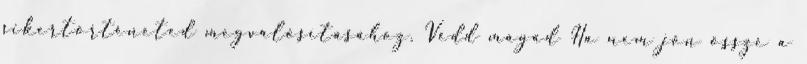
sikertörténeted megvalósításához. Védd magad Ha nem jön össze a